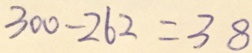
3 0 0 - 2 6 2 = 3 8